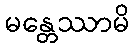
မန္တေဿာမိ